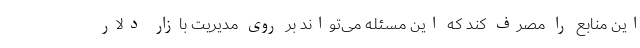
این منابع را مصرف کند که این مسئله می‌تواند بر روی مدیریت بازار دلار